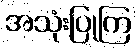
အသုံးပြုကြ